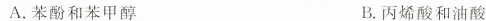
A.苯酚和苯甲醇 B.丙烯酸和油酸